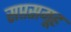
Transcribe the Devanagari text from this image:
सप्तसमूह